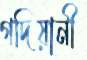
গদিয়ানী